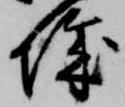
城